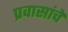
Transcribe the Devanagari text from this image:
प्रवासांचे